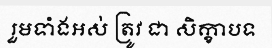
រួមទាំងអស់ ត្រូវ ជា សិក្ខាបទ